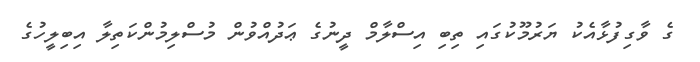
ގެ ވާގިފުޅާއެކު ޔަރުމޫކުގައި ތިބި އިސްލާމް ދީނުގެ ޢަދުއްވުން މުސްލިމުންކަތިލާ އިބިލީހުގެ